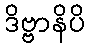
ဒိဗ္ဗာနိပိ